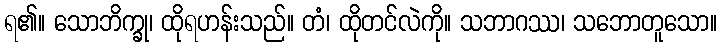
ရ၏။ သောဘိက္ခု၊ ထိုရဟန်းသည်။ တံ၊ ထိုတင်လဲကို။ သဘာဂဿ၊ သဘောတူသော။